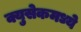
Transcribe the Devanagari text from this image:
क्युसेकमध्ये